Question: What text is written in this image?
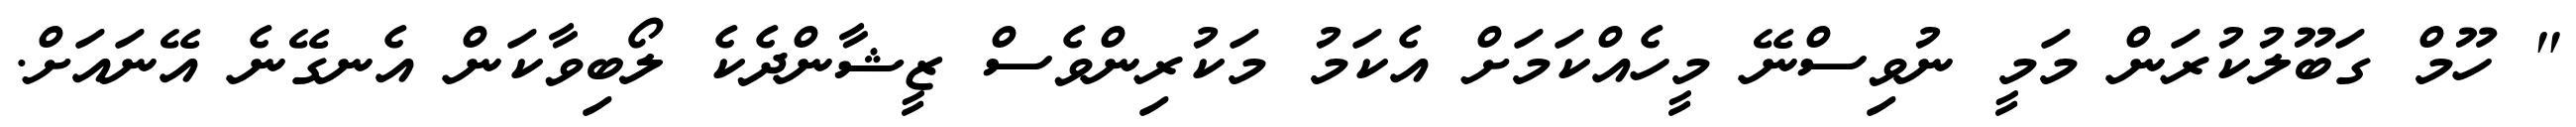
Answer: " ހޫމް ގަބޫލުކުރަން މަމީ ނުވިސްނޭ މީހެއްކަމަށް އެކަމު މަކުރިންވެސް ޒީޝާންދެކެ ލޯބިވާކަން އެނގޭނެ އޭނައަށް.